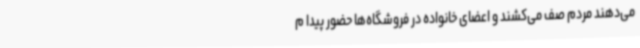
می‌دهند مردم صف می‌کشند و اعضای خانواده در فروشگاه‌ها حضور پیدا م